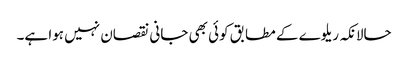
حالانکہ ریلوے کے مطابق کوئی بھی جانی نقصان نہیں ہوا ہے۔